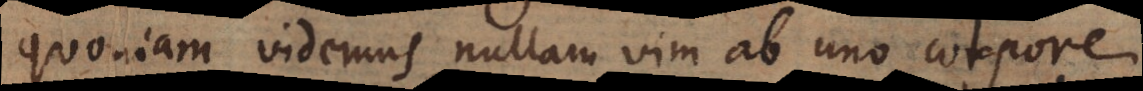
quoniam videmus nullam vim ab uno corpore